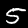
Digit: 5